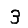
Digit: 3